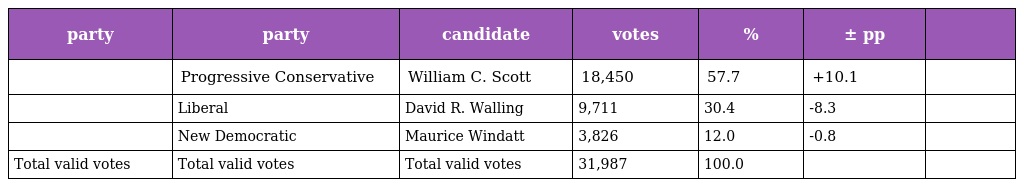
| party | party | candidate | votes | % | ± pp |  |
 | --- | --- | --- | --- | --- | --- | --- |
 |  | Progressive Conservative | William C. Scott | 18,450 | 57.7 | +10.1 |  |
 |  | Liberal | David R. Walling | 9,711 | 30.4 | -8.3 |  |
 |  | New Democratic | Maurice Windatt | 3,826 | 12.0 | -0.8 |  |
 | Total valid votes | Total valid votes | Total valid votes | 31,987 | 100.0 |  |  |